Indian Civil Veterinary Department memoirs
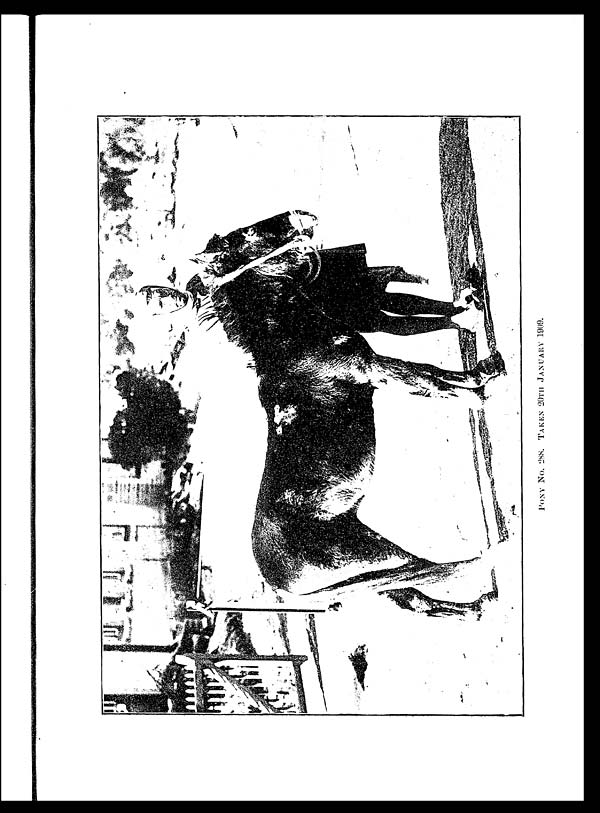
PONY
No. 288. TAKEN 20TH JANUARY 1909.